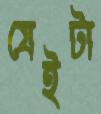
যেইটা